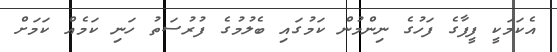
އެކަމަކީ ފީފާގެ ފަހުގެ ނިންމުން ކަމުގައި ބެލުމުގެ ފުރުސަތު ހަނި ކަމެއް ކަމަށް